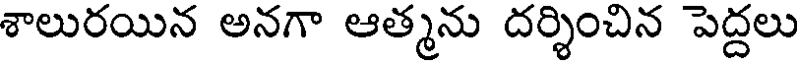
శాలురయిన అనగా ఆత్మను దర్శించిన పెద్దలు